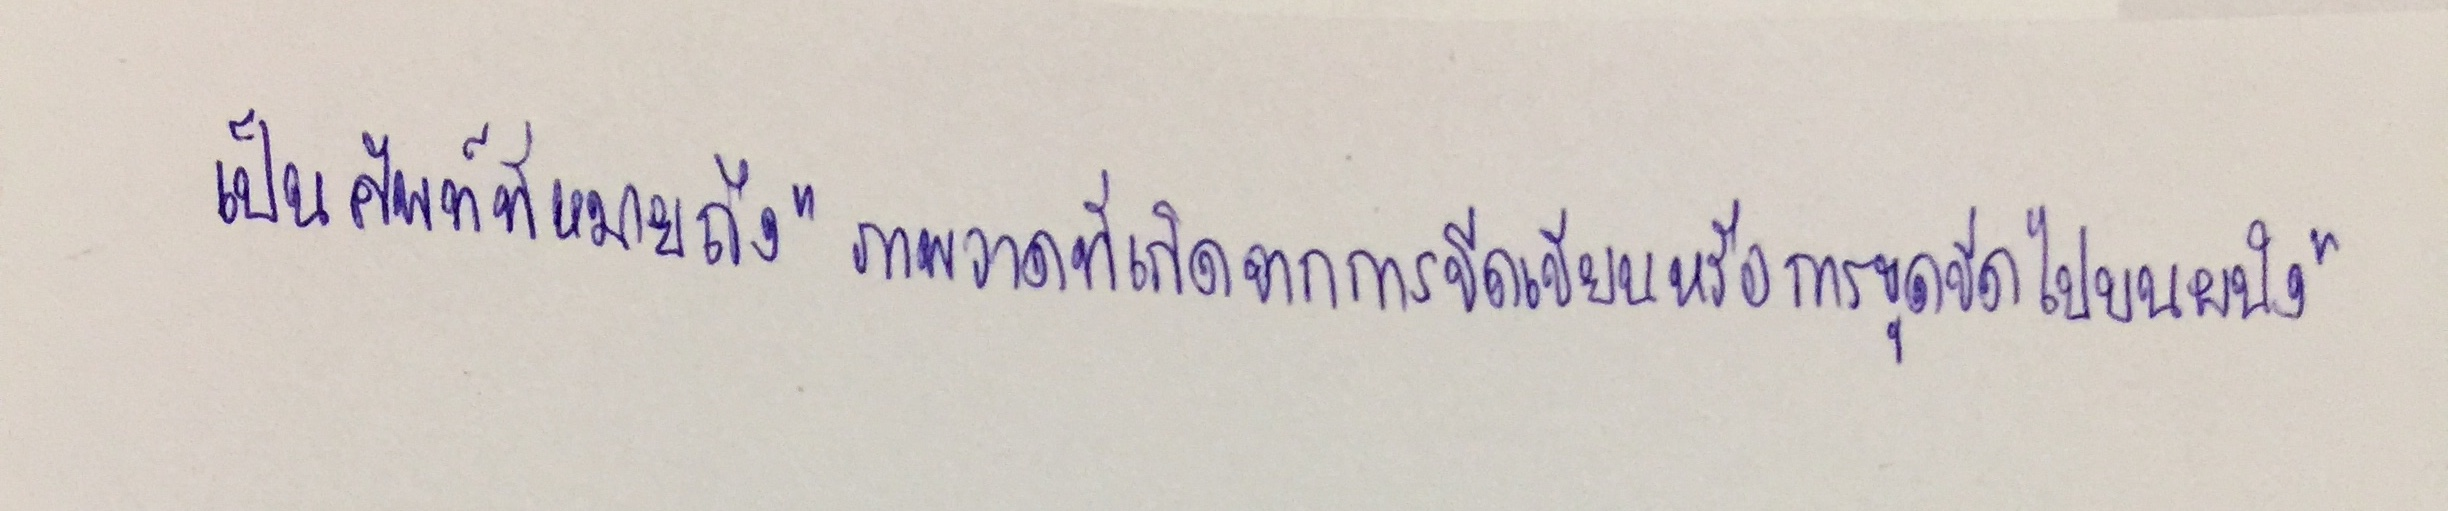
เป็นศัพท์ที่หมายถึง"ภาพวาดที่เกิดจากการขีดเขียนหรือการขูดขีดไปบนผนัง"